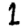
Digit: 1